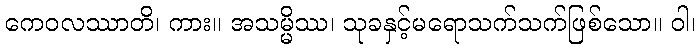
ကေဝလဿာတိ၊ ကား။ အသမ္မိဿ၊ သုခနှင့်မရောသက်သက်ဖြစ်သော။ ဝါ၊